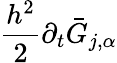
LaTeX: \frac{h^{2}}{2}\partial_{t}\bar{G}_{j,\alpha}